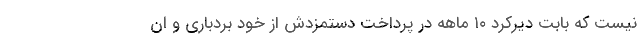
نیست که بابت دیرکرد ۱۰ ماهه در پرداخت دستمزدش از خود بردباری و ان